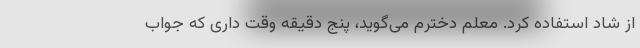
از شاد استفاده کرد. معلم دخترم می‌گوید، پنج دقیقه وقت داری که جواب